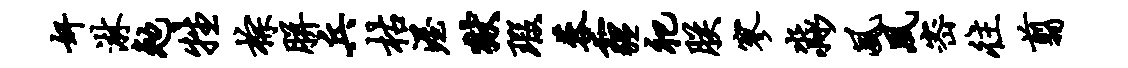
奸淋勉牲棕胼兵枯渥狱瑕蓉霾祀朕寥淼风夙密往翦